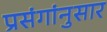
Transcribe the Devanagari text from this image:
प्रसंगांनुसार